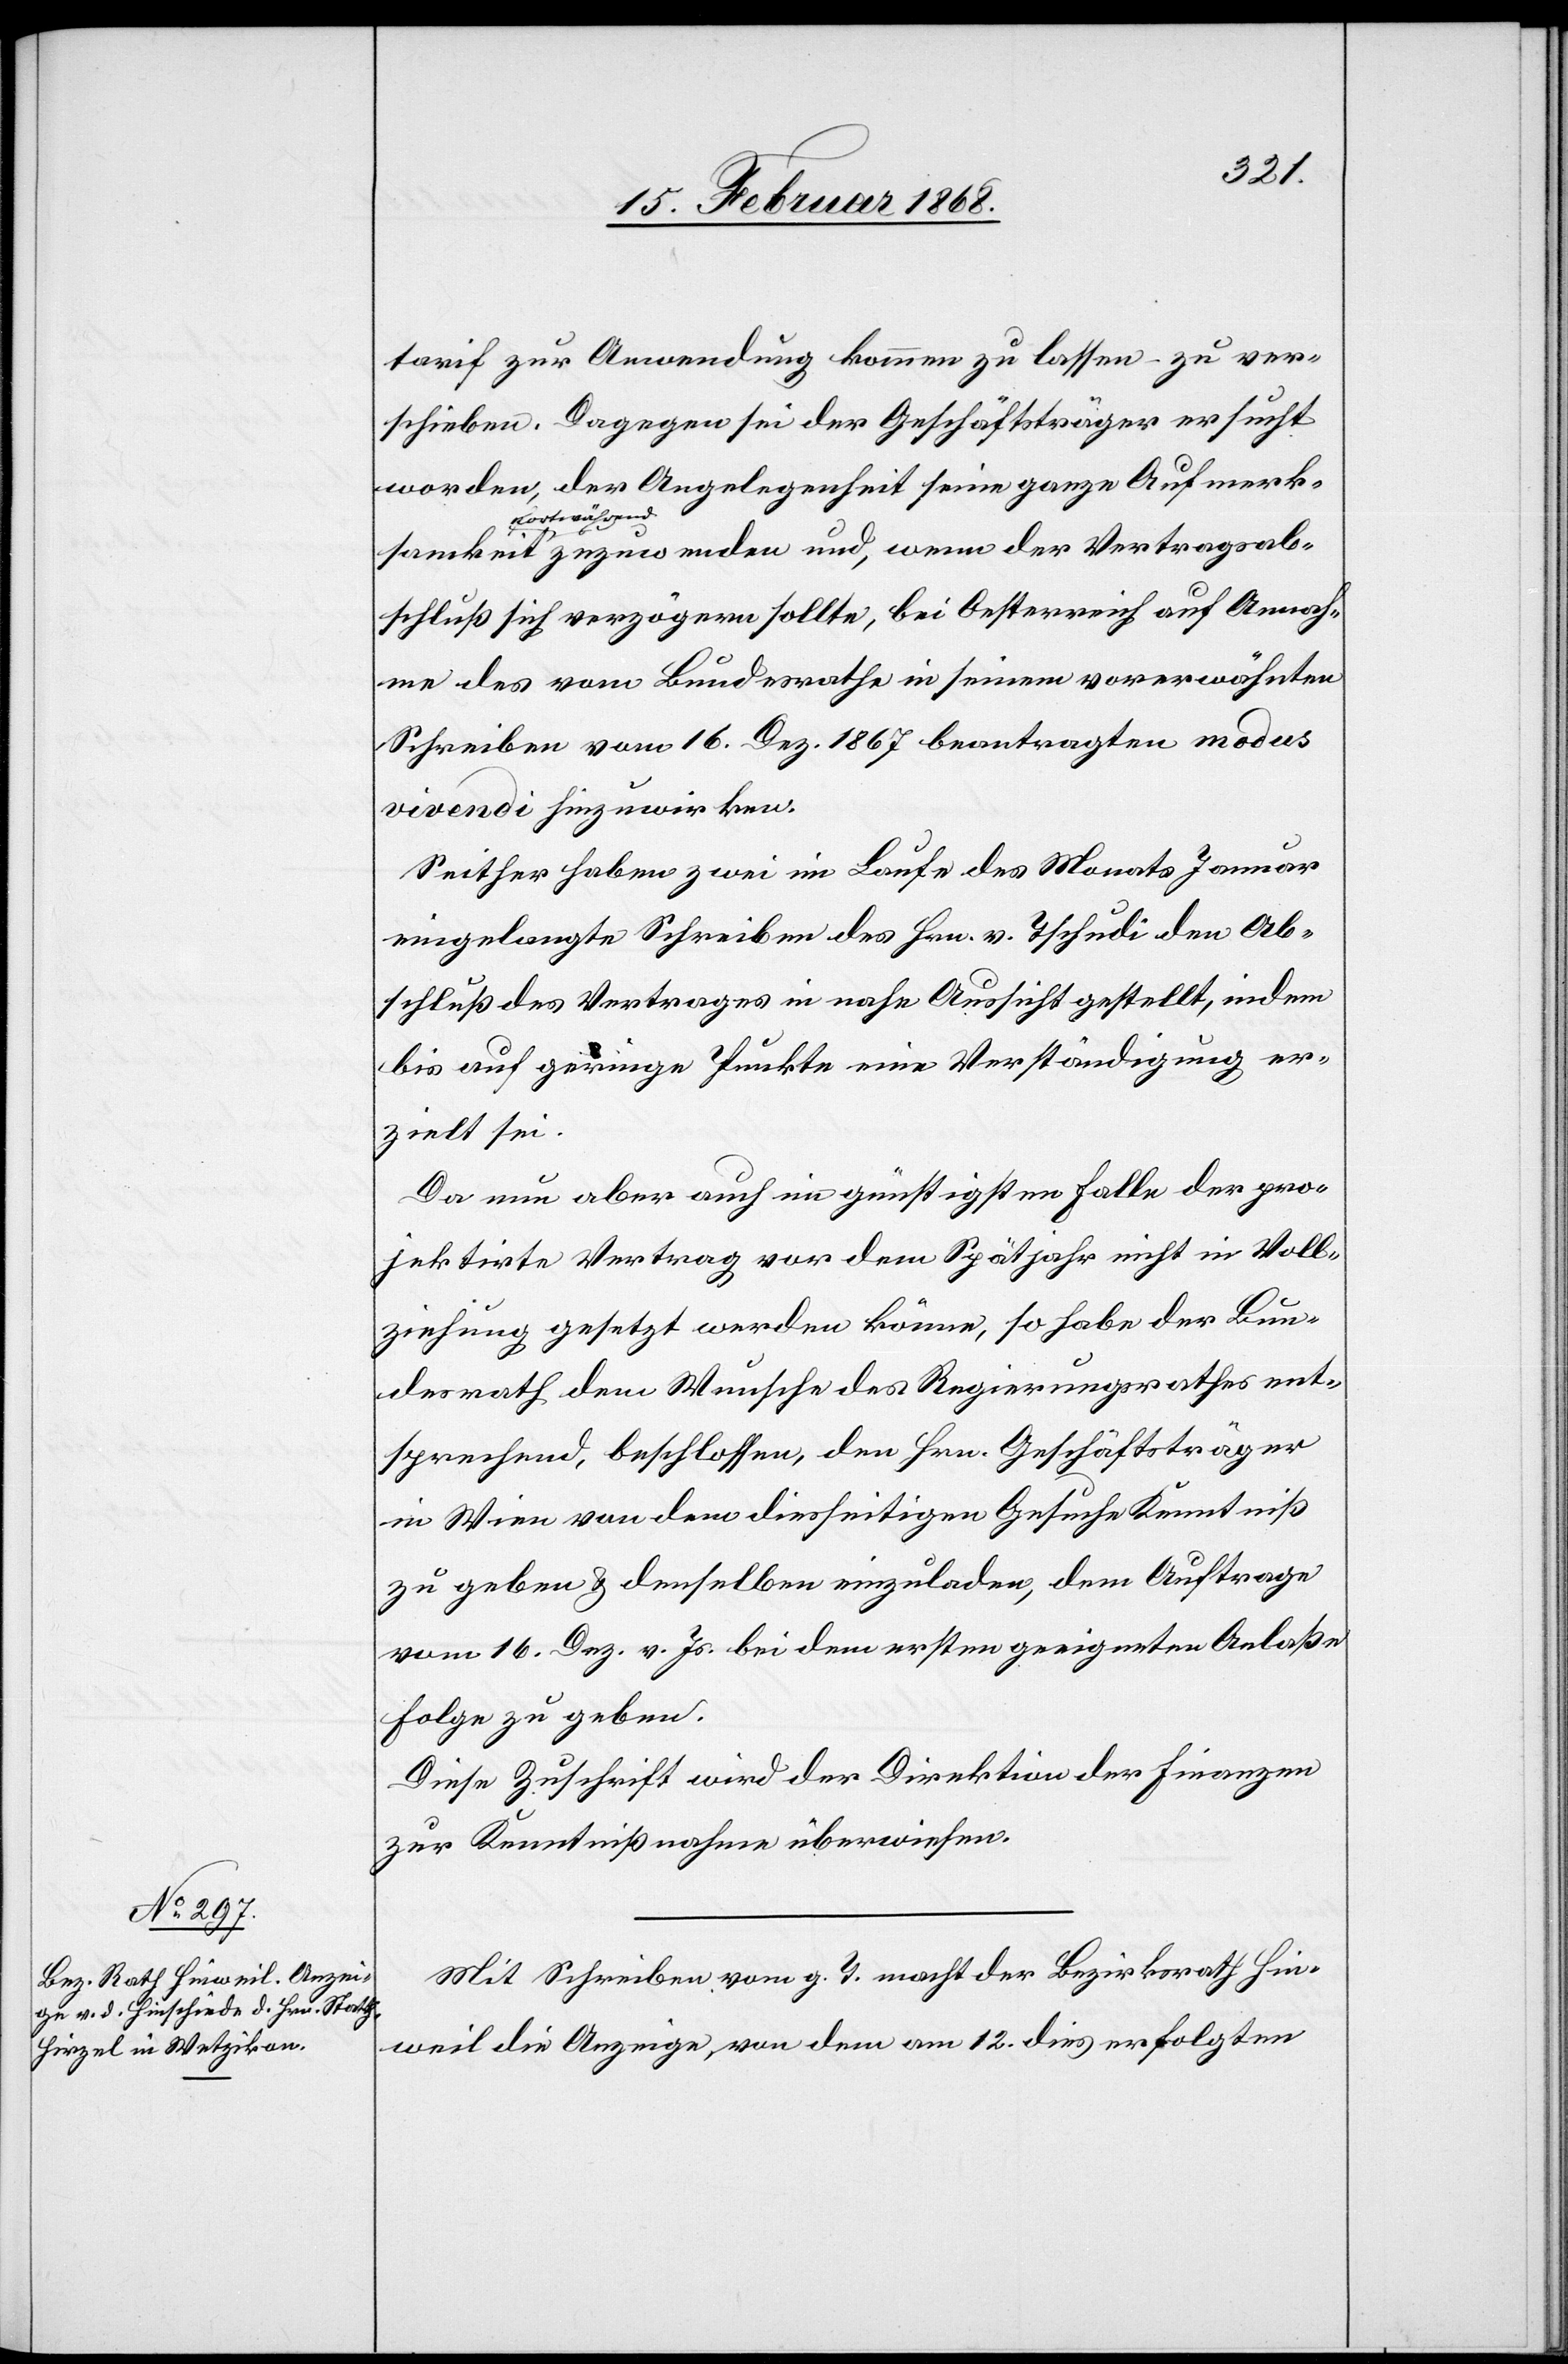
Vertragsab¬
16. Februar 1868.]
tarif zur Anwendung kommen zu lassen – zu ver¬
schieben. Dagegen sei der Geschäftsträger ersucht
worden, der Angelegenheit seine ganze Aufmerk¬
fortwährend
schluß sich verzögern sollte, bei Oesterreich auf Annah¬
me des vom Bundesrathe in seinem vorerwähnten
Schreiben vom 16. Dez. 1867 beantragten modus
vivendi hinzuwirken.
Seither haben zwei im Laufe des Monats Januar
eingelangte Schreiben des Hrn. v. Tschudi den Ab¬
schluß des Vertrages in nahe Aussicht gestellt, indem
bis auf geringe Punkte eine Verständigung er¬
zielt sei.
Da nun aber auch im günstigsten Falle der pro¬
jektirte Vertrag vor dem Spätjahr nicht in Voll¬
ziehung gesetzt werden könne, so habe der Bun¬
desrath dem Wunsche des Regierungsrathes ent¬
sprechend, beschlossen, den [sic!] Hrn. Geschäftsträger
in Wien von dem diesseitigen Gesuche Kenntniß
zu geben & denselben einzuladen, dem Auftrage
vom 16. Dez. v. Js. bei dem ersten geeigneten Anlaße
Folge zu geben.
Diese Zuschrift wird der Direktion der Finanzen
zur Kenntnißnahme überwiesen.
Mit Schreiben vom g. T. macht der Bezirksrath Hin¬
weil die Anzeige, von dem am 12. dies erfolgten